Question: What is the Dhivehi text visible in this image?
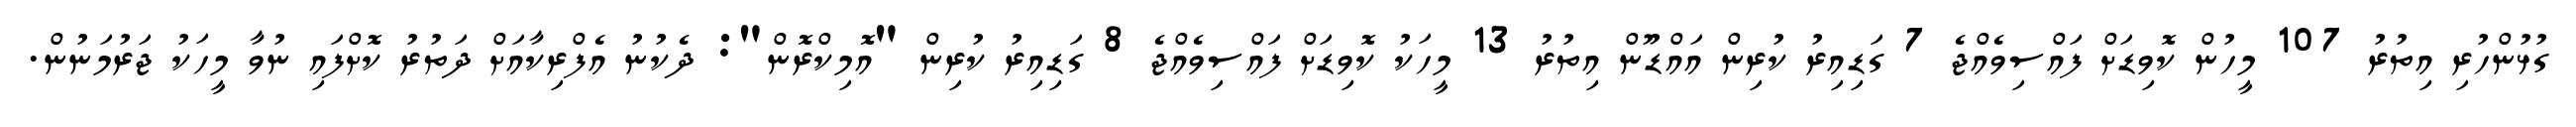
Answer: ގުޅުންހުރި އިތުރު 107 މީހުން ކޮވިޑަށް ފައްސިވެއްޖެ 7 ގަޑިއިރު ކުރިން އައްޑޫން އިތުރު 13 މީހަކު ކޮވިޑަށް ފައްސިވެއްޖެ 8 ގަޑިއިރު ކުރިން "އޮމިކްރޮން": ދެކުނު އެފްރިކާއަށް ދަތުރު ކޮށްފައި ނުވާ މީހަކު ޖަރުމަނުން.